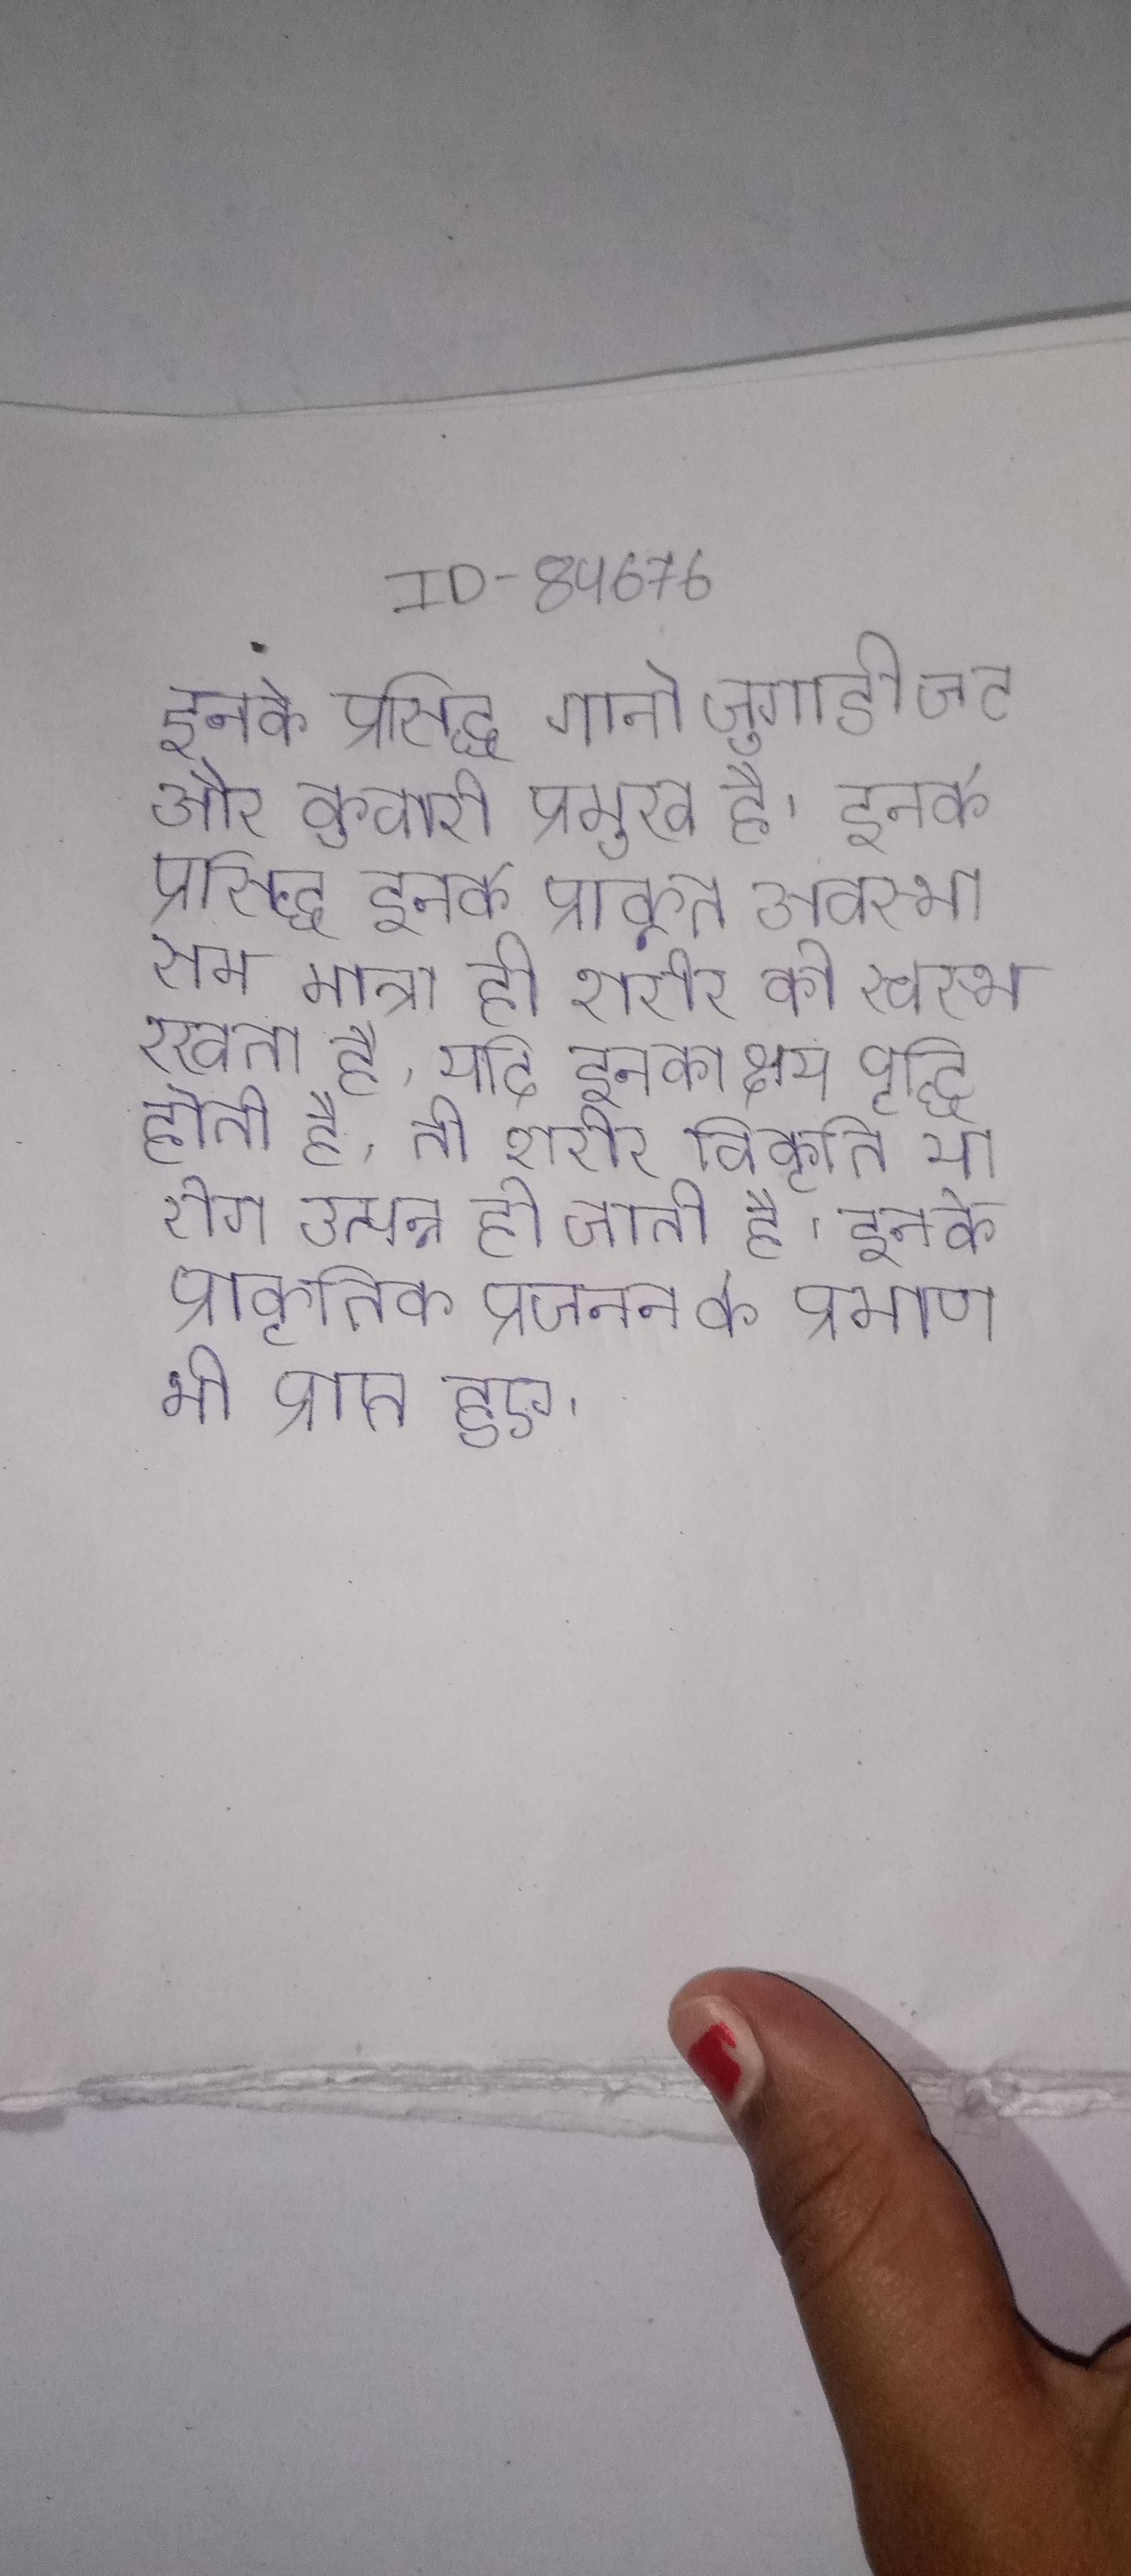
इनके प्रसिद्ध गानो जुगाडी जट और कुवारी प्रमुख है । इनके प्रसिद्ध इनके प्राकृत अवस्था सम मात्रा ही शरीर को स्वस्थ रखता है, यदि इनका क्षय या वृद्धि होती है, तो शरीर विकृति या रोग उत्पन्न हो जाती है । इनके प्राकृतिक प्रजनन के प्रमाण भी प्राप्त हुए ।